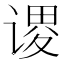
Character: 谡